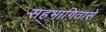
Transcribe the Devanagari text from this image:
सहभागितासे